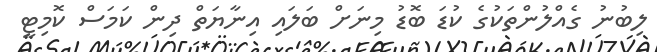
ލިބުނު ގެއްލުންތަކުގެ ކުޑަ ބޮޑު މިނަށް ބަލައި އިނާޔަތް ދިން ކަމަސް ކޮމިޓީ